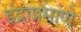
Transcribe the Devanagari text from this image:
इंद्राप्रमाणे